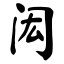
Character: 闳